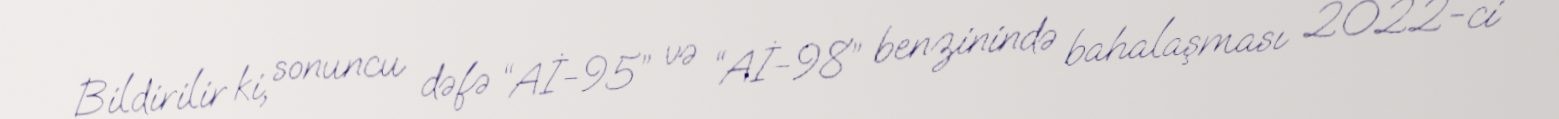
Bildirilir ki, sonuncu dəfə “Aİ-95” və “Aİ-98” benzinində bahalaşması 2022-ci